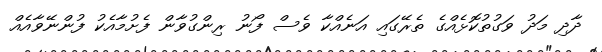
ދާދި މަދު ވަގުތުކޮޅެއްގެ ތެރޭގައި އަނެއްކާ ވެސް ފޯނު ރިންގުވާން ފެށުމާއެކު ފުންނޭވާއެއް